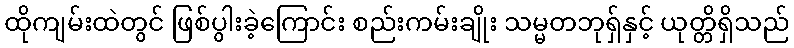
ထိုကျမ်းထဲတွင် ဖြစ်ပွါးခဲ့ကြောင်း စည်းကမ်းချိုး သမ္မတဘုရှ်နှင့် ယုတ္တိရှိသည်